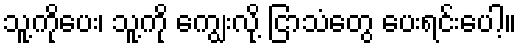
သူ့ကိုပေး၊ သူ့ကို ကျွေးလို့ ငြာသံတွေ ပေးရင်းပေါ့။